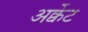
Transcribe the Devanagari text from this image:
अर्क्वेट